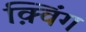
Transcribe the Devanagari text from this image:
क़्विंग